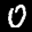
Label: 0